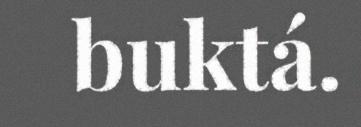
buktá.